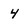
Character: 4